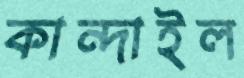
কান্দাইল